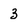
Character: 3